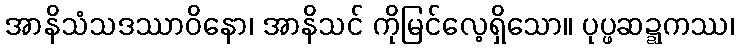
အာနိသံသဒဿာဝိနော၊ အာနိသင် ကိုမြင်လေ့ရှိသော။ ပုပ္ဖဆဍ္ဍကဿ၊